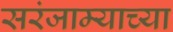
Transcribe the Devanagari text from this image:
सरंजाम्याच्या